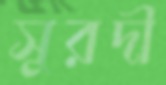
সুরদী